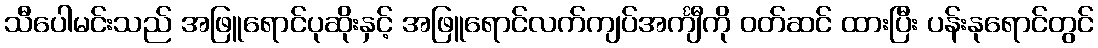
သီပေါမင်းသည် အဖြူရောင်ပုဆိုးနှင့် အဖြူရောင်လက်ကျပ်အင်္ကျီကို ဝတ်ဆင် ထားပြီး ပန်းနုရောင်တွင်